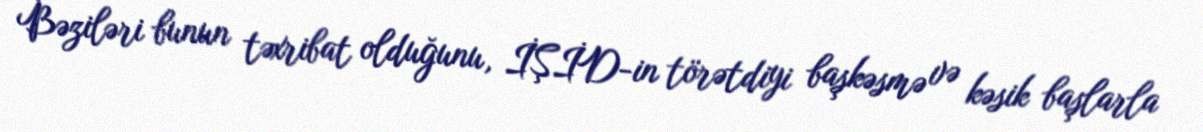
Bəziləri bunun təxribat olduğunu, İŞİD-in törətdiyi başkəsmə və kəsik başlarla